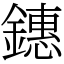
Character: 鏸